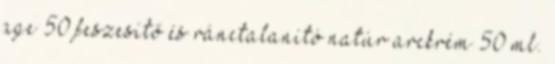
age 50 feszesítő és ránctalanító natúr arckrém 50 ml.